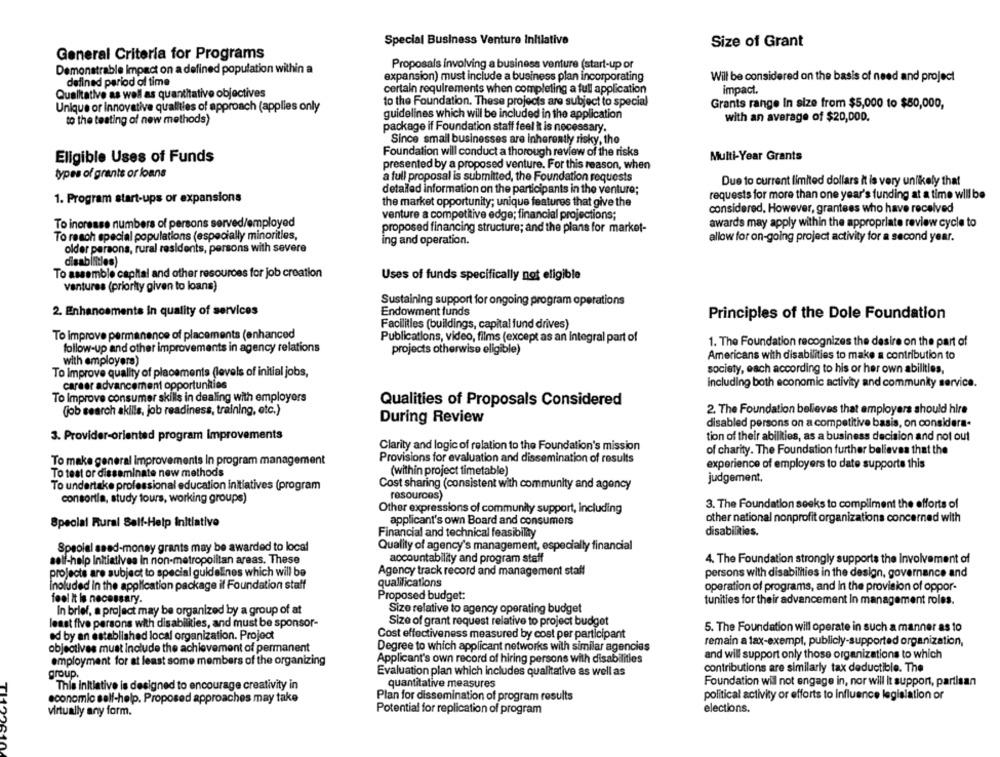
Special Business Venture Initiative
Size of Grant
General Criteria for Programs
Demonstrable Impact on a defined population within a
Proposals involving a business venture (start-up or
defined period of time
expansion) must include a business plan incorporating
Will be considered on the basis of need and project
certain requirements when completing a full application
impact.
Qualitative as well as quantitative objectives
to the Foundation. These projects are subject to special
Grants range In size from $5,000 to $50,000,
Unique or innovative qualities of approach (applies only
to the testing of new methods)
guidelines which will be included in the application
with an average of $20,000.
package if Foundation staff feel it is necessary.
Since small businesses are inherently risky, the
Foundation will conduct a thorough review of the risks
Eligible Uses of Funds
Multi-Year Grants
presented by a proposed venture. For this reason, when
types of grants or loans
a full proposal is submitted, the Foundation requests
Due to current limited dollars it is very unlikely that
detailed information on the participants in the venture;
1. Program start-ups or expansions
requests for more than one year's funding at a time will be
the market opportunity; unique features that give the
considered, However, grantees who have received
venture a competitive edge; financial projections;
To increase numbers of persons served/employed
proposed financing structure; and the plans for market-
awards may apply within the appropriate review cycle to
To reach special populations (especially minorities,
ing and operation.
allow for on-going project activity for a second year.
older persons, rural residents, persons with severe
To assemble capital and other resources for job creation
Uses of funds specifically not eligible
ventures (priority given to loans)
Sustaining support for ongoing program operations
Endowment funds
2. Enhancements in quality of services
Principles of the Dole Foundation
Facilities (buildings, capital fund drives)
To improve permanence of placements (enhanced
Publications, video, films (except as an integral part of
follow-up and other improvements in agency relations
1. The Foundation recognizes the desire on the part of
projects otherwise eligible)
Americans with disabilities to make a contribution to
with employers)
society, each according to his or her own abilities,
To Improve quality of placements (levels of initial jobs,
career advancement opportunities
including both economic activity and community service.
To Improve consumer skills in dealing with employers
Qualities of Proposals Considered
(job search akills, job readiness, training, etc.)
2. The Foundation believes that employers should hire
During Review
disabled persons on a competitive basis, on considera-
3. Provider-oriented program Improvements
tion of their abilities, as a business decision and not out
Clarity and logic of relation to the Foundation's mission
of charity. The Foundation further believes that the
To make general improvements In program management
Provisions for evaluation and dissemination of results
experience of employers to date supporte this
To test or disseminate new methods
(within project timetable)
Cost sharing (consistent with community and agency
judgement.
To undertake professional education initiatives (program
consortia, study tours, working groups)
resources)
3. The Foundation seeks to compliment the efforts of
Other expressions of community support, Including
Special Rural Self-Help Initiative
applicant's own Board and consumers
other national nonprofit organizations concerned with
Financial and technical feasibility
disabilities.
Quality of agency's management, especially financial
Special seed-money grants may be awarded to local
self-help Initiatives in non-metropolitan areas. These
accountability and program staff
4. The Foundation strongly supports the Involvement of
projects are subject to special guidelines which will be
Agency track record and management staff
persons with disabilities in the design, governance and
qualifications
Inoluded in the application package if Foundation staff
operation of programs, and in the provision of oppor-
Proposed budget:
feel It Is necessary.
tunities for their advancement In management roles.
In brief, a project may be organized by a group of at
Size relative to agency operating budget
least five persons with disabilities, and must be sponsor-
Size of grant request relative to project budget
5. The Foundation will operate in such a manner as to
ed by an established local organization. Project
Cost effectiveness measured by cost per participant
remain a tax-exempt, publicly-supported organization,
objectives must include the achievement of permanent
Degree to which applicant networks with similar agencies
Applicant's own record of hiring persons with disabilities
and will support only those organizations to which
employment for at least some members of the organizing
group.
Evaluation plan which includes qualitative as well as
contributions are similarly tax deductible. The
Foundation will not engage in, nor will it support, partisan
This initiative is designed to encourage creativity in
quantitative measures
political activity or efforts to influence legislation or
economic self-help. Proposed approaches may take
Plan for dissemination of program results
virtually any form.
Potential for replication of program
elections.